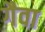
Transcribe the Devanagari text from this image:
गैवा